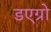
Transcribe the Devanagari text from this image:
डएग्रो